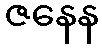
ဇနေန